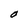
Character: O